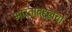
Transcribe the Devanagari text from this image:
भारताबद्दलचा